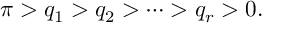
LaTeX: \pi > q _ { 1 } > q _ { 2 } > \cdots > q _ { r } > 0 .